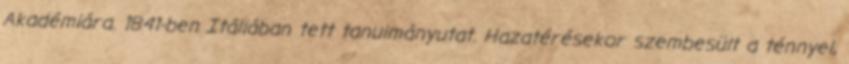
Akadémiára. 1841-ben Itáliában tett tanulmányutat. Hazatérésekor szembesült a ténnyel,